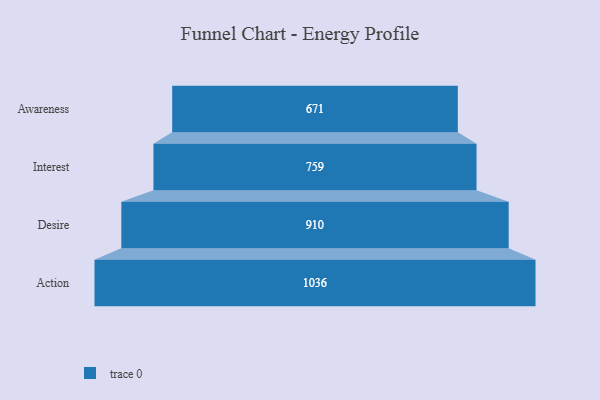
{"axis": {"x": "Stage", "y": "Value"}, "legend": [""], "data": [{"x": "Awareness", "y": 671.0, "type": ""}, {"x": "Interest", "y": 759.0, "type": ""}, {"x": "Desire", "y": 910.0, "type": ""}, {"x": "Action", "y": 1036.0, "type": ""}]}